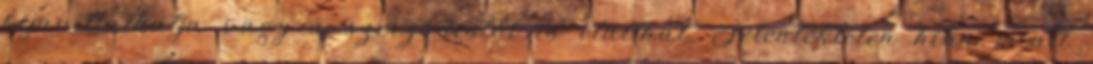
kijavíttathatja vagy a szerződéstől is elállhat. Jelentéktelen hiba miatt